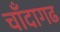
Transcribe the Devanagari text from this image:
चाँदागढ